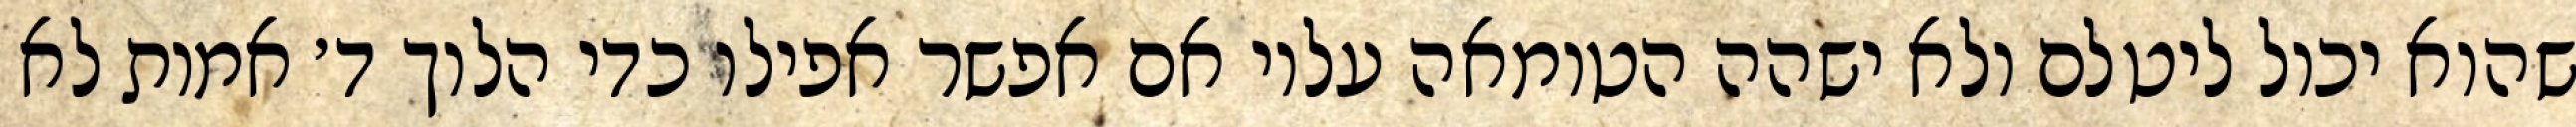
שהוא יכול ליטלם ולא ישהה הטומאה עליו אם אפשר אפילו כדי הלוך ד׳ אמות לא